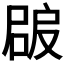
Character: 𡲠